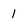
Character: 1